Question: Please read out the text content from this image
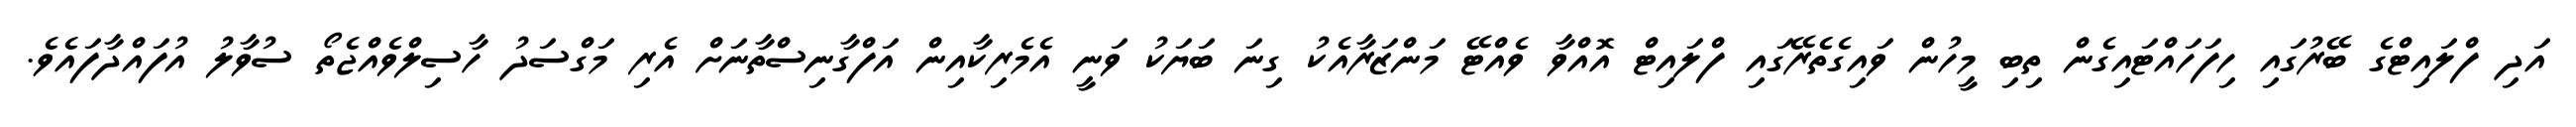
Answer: އަދި ފްލައިޓްގެ ބޭރުގައި ހިފަހައްޓައިގެން ތިބި މީހުން ވައިގެތެެރޭގައި ފްލައިޓް އޮއްވާ ވެއްޓޭ މަންޒަރާއެކު ގިނަ ބަޔަކު ވަނީ އެމެރިކާއިން އަފްގާނިސްތާނަށް އެރި މަގްސަދު ހާސިލްވެއްޖެތޯ ސުވާލު އުފައްދާފައެވެ.